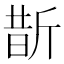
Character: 斮